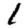
Digit: 1